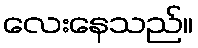
လေးနေသည်။